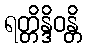
ရတ္တိန္ဒိဝန္တိ